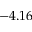
- 4 . 1 6